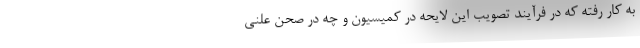
به کار رفته که در فرآیند تصویب این لایحه در کمیسیون و چه در صحن علنی